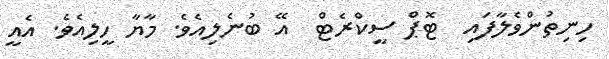
ހިނިތުންވެލާފައި  ޓޮޕް ސީކްރެޓް  އޭ ބުނެލިއެވެ. މާޔާ ހީލިއެވެ. އެއީ